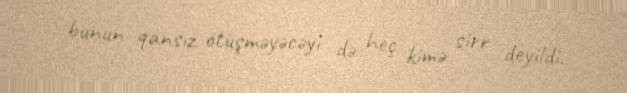
bunun qansız ötüşməyəcəyi də heç kimə sirr deyildi.